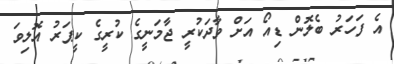
އެ ފަހަރު ބެލޮން ޑިއޯ އަށް ވާދަކުރީ ޖާމަނީގެ ކުރީގެ ކީޕަރު އޮލިވަ